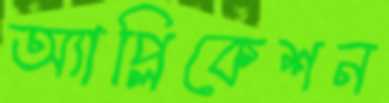
অ্যাপ্লিকেশন